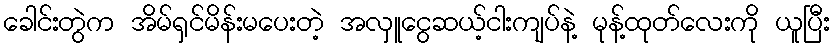
ခေါင်းတွဲက အိမ်ရှင်မိန်းမပေးတဲ့ အလှူငွေဆယ့်ငါးကျပ်နဲ့ မုန့်ထုတ်လေးကို ယူပြီး